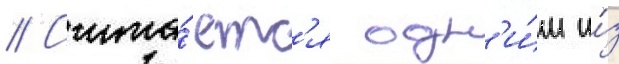
// Счита́етс'я одн'и́м и́з